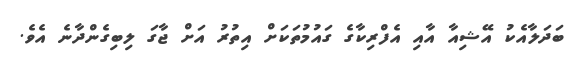
ބަދަލާއެކު އޭޝިއާ އާއި އެފްރިކާގެ ގައުމުތަކަށް އިތުރު އަށް ޖާގަ ލިބިގެންދާނެ އެވެ.